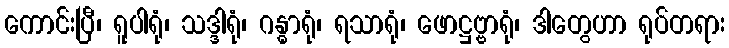
ကောင်းပြီ၊ ရူပါရုံ၊ သဒ္ဒါရုံ၊ ဂန္ဓာရုံ၊ ရသာရုံ၊ ဖောဋ္ဌဗ္ဗာရုံ၊ ဒါတွေဟာ ရုပ်တရား